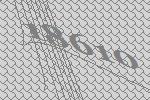
18610